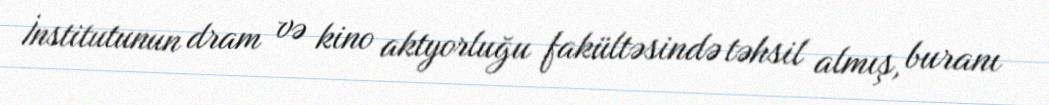
İnstitutunun dram və kino aktyorluğu fakültəsində təhsil almış, buranı